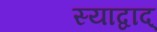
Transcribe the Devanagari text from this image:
स्याद्वाद्